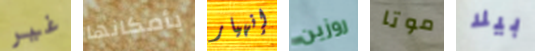
غير بأمكانها إنهيار روزين موتا بيلا